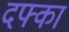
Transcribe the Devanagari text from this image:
दफ्का